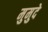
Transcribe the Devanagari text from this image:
मुमुदे